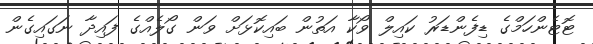
ޓޮޓެންހަމްގެ ޑިފެންޑަރު ކައިލް ވޯކާ އަތުުން ބައިކޮޅަށް ވަން ގޯލެއްގެ ފައިދާ ނަގައިގެން